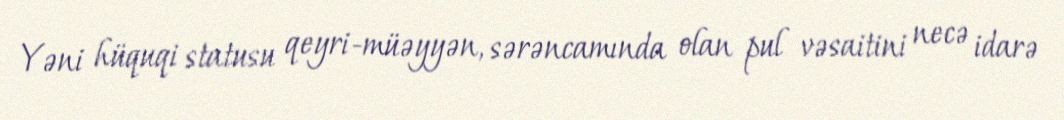
Yəni hüquqi statusu qeyri-müəyyən, sərəncamında olan pul vəsaitini necə idarə